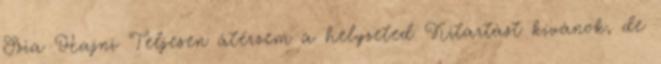
Szia Hajni Teljesen átérzem a helyzeted Kitartást kívánok, de